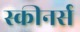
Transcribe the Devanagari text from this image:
स्कीनर्स